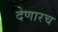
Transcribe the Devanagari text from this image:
देणारच